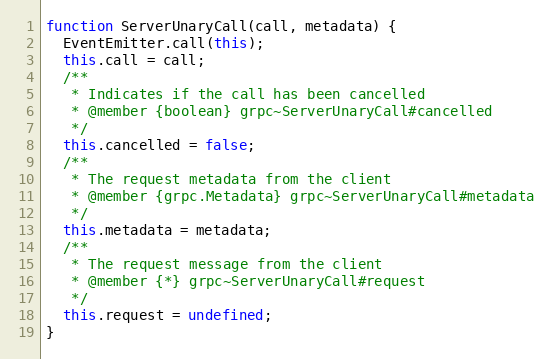
Language: JavaScript
function ServerUnaryCall(call, metadata) {
  EventEmitter.call(this);
  this.call = call;
  /**
   * Indicates if the call has been cancelled
   * @member {boolean} grpc~ServerUnaryCall#cancelled
   */
  this.cancelled = false;
  /**
   * The request metadata from the client
   * @member {grpc.Metadata} grpc~ServerUnaryCall#metadata
   */
  this.metadata = metadata;
  /**
   * The request message from the client
   * @member {*} grpc~ServerUnaryCall#request
   */
  this.request = undefined;
}